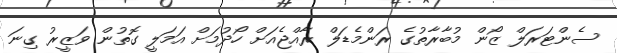
ސެންޓަރަލް ޒޯން މުބާރާތުގެ ރަންމެޑަލް ރާއްޖެއަށް ހޯދުމަށް އަމަލީ ގޮތުން ވަޒީރު ގިނަ